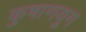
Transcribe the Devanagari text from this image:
कुषाणयुग